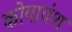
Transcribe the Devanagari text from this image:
कोयावंश